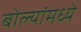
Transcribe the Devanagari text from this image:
बोल्यांमध्ये